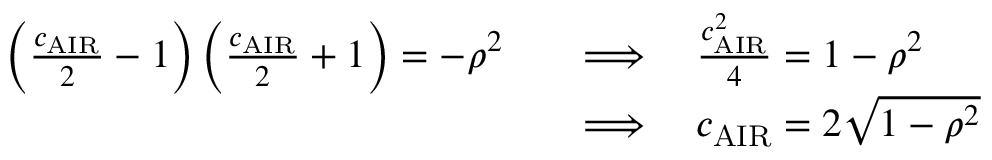
\begin{array} { r l } { \left( \frac { c _ { \mathrm { A I R } } } { 2 } - 1 \right) \left( \frac { c _ { \mathrm { A I R } } } { 2 } + 1 \right) = - \rho ^ { 2 } \quad } & { \Longrightarrow \quad \frac { c _ { \mathrm { A I R } } ^ { 2 } } { 4 } = 1 - \rho ^ { 2 } } \\ & { \Longrightarrow \quad c _ { \mathrm { A I R } } = 2 \sqrt { 1 - \rho ^ { 2 } } } \end{array}